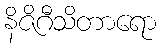
နိဇိဂီသိတာရော